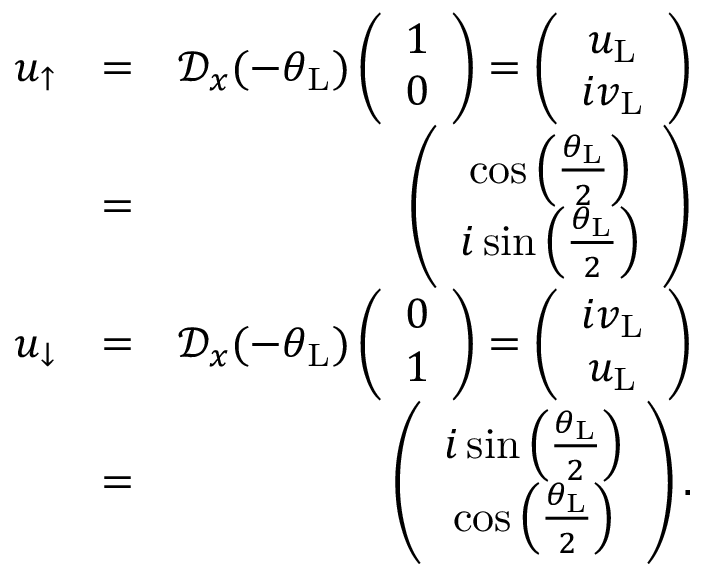
\begin{array} { r l r } { u _ { \uparrow } } & { = } & { \mathcal { D } _ { x } ( - \theta _ { \mathrm { L } } ) \left( \begin{array} { c } { 1 } \\ { 0 } \end{array} \right) = \left( \begin{array} { c } { u _ { \mathrm { L } } } \\ { i v _ { \mathrm { L } } } \end{array} \right) } \\ & { = } & { \left( \begin{array} { c c } { \cos \left( \frac { \theta _ { \mathrm { L } } } { 2 } \right) } \\ { i \sin \left( \frac { \theta _ { \mathrm { L } } } { 2 } \right) } \end{array} \right) } \\ { u _ { \downarrow } } & { = } & { \mathcal { D } _ { x } ( - \theta _ { \mathrm { L } } ) \left( \begin{array} { c } { 0 } \\ { 1 } \end{array} \right) = \left( \begin{array} { c } { i v _ { \mathrm { L } } } \\ { u _ { \mathrm { L } } } \end{array} \right) } \\ & { = } & { \left( \begin{array} { c c } { i \sin \left( \frac { \theta _ { \mathrm { L } } } { 2 } \right) } \\ { \cos \left( \frac { \theta _ { \mathrm { L } } } { 2 } \right) } \end{array} \right) . } \end{array}